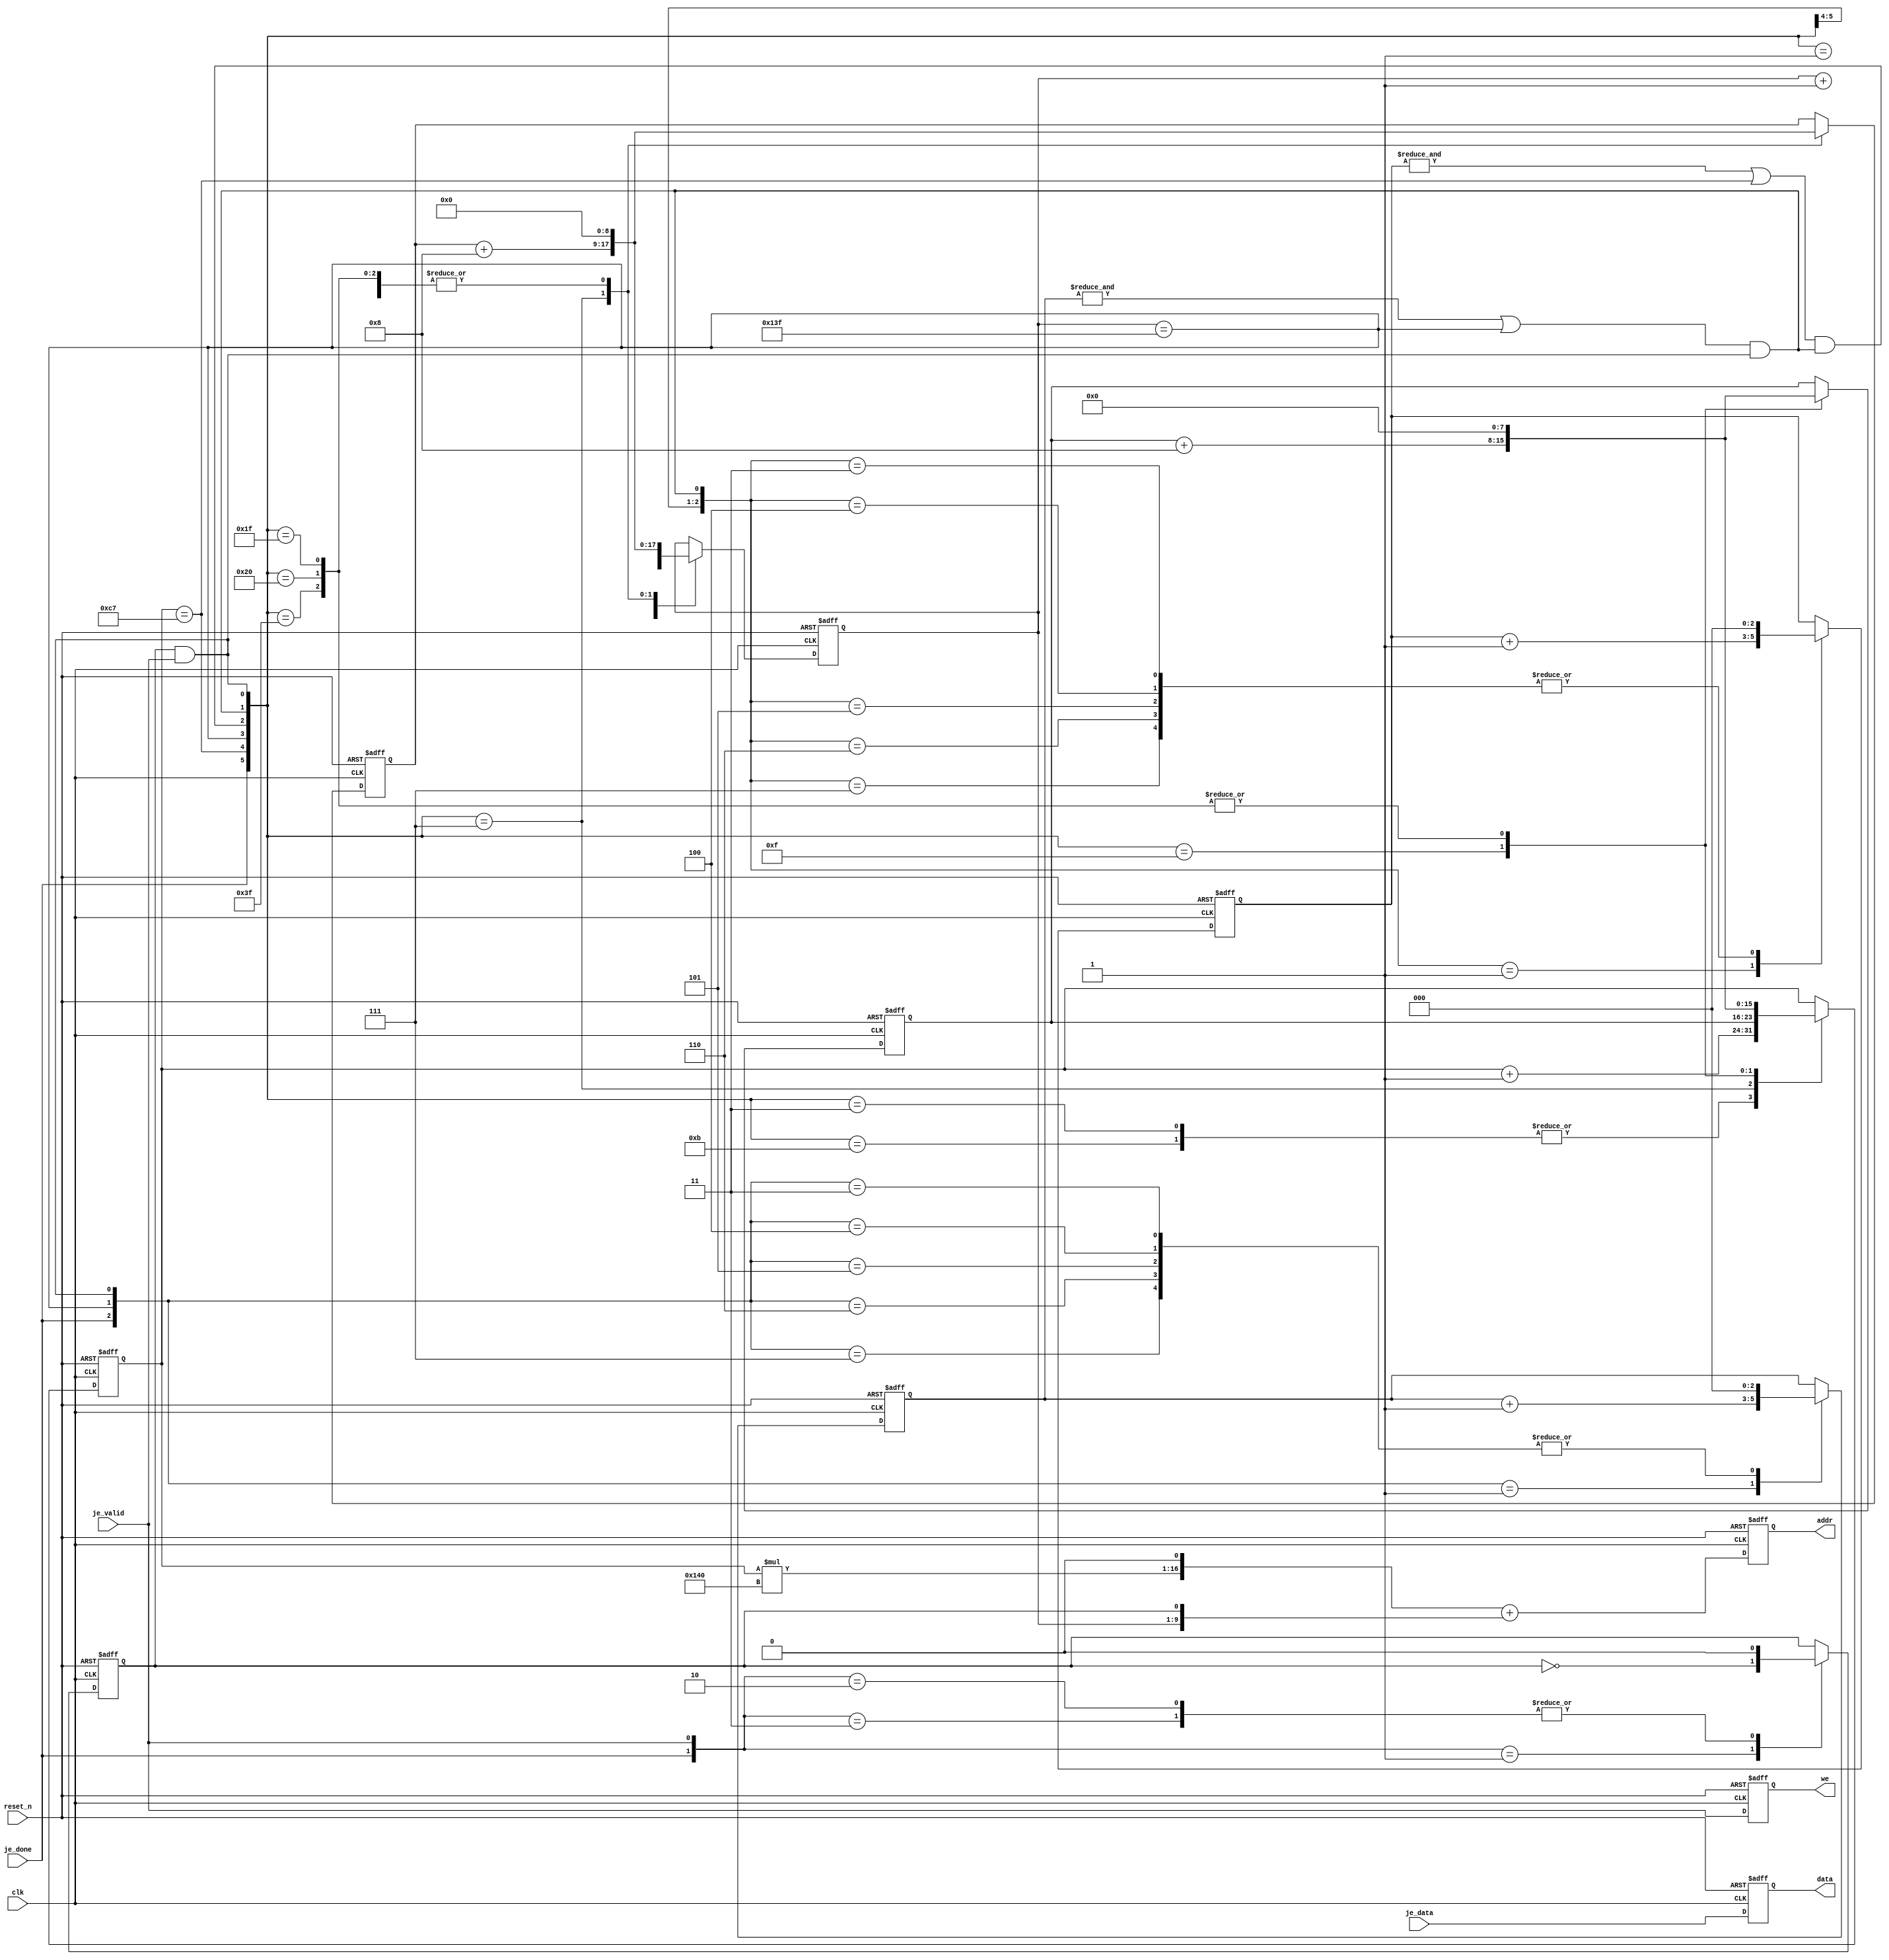
module jpeg_data_writer #(
  parameter WIDTH  = 320,
  parameter HEIGHT = 200,
  parameter WSZ = 9,
  parameter HSZ = 8,
  parameter ASZ = 17
  )(
  input           clk,
  input           reset_n,
  
  input           je_valid,
  input  [7:0]    je_data,
  input           je_done,

  output [(ASZ-1):0]   addr,
  output [7:0]    data,
  output          we
  ); 

  reg             addr_lsb;
  reg   [2:0]     col_cnt, row_cnt;
  reg   [(WSZ-1):0]     col_idx, col_x;
  reg   [(HSZ-1):0]     row_idx, row_y;
  
  reg   [(ASZ-1):0]    addr_reg;
  reg   [7:0]     data_reg;
  reg             we_reg;

  wire            col_max = (col_idx == (WIDTH-1));
  wire            row_max = (row_idx == (HEIGHT-1)); 
  
  wire            chg_col = addr_lsb && je_valid;
  wire            chg_row = ((&col_cnt) || (col_max)) && chg_col;
  wire            chg_blk = ((&row_cnt) || (row_max)) && chg_row;
 
  assign          addr = addr_reg;
  assign          data = data_reg;
  assign          we   = we_reg;
  

  always @ (posedge clk or negedge reset_n)
    begin
      if (!reset_n)
        addr_lsb <= #1 1'b0;
      else
        case({je_done, je_valid})      
          2'h1      : addr_lsb <= #1 !addr_lsb;
          2'h2,
          2'h3      : addr_lsb <= #1 1'b0;
          default   : addr_lsb <= #1 addr_lsb;
        endcase  
    end

  always @ (posedge clk or negedge reset_n)
    begin
      if (!reset_n)
        col_cnt <= #1 3'h0;
      else
        case ({je_done, col_max, chg_col})
          3'h1      : col_cnt <= #1 col_cnt + 3'h1;
          3'h3,
          3'h4,
          3'h5,
          3'h6,
          3'h7      : col_cnt <= #1 3'h0;
          default   : col_cnt <= #1 col_cnt;
        endcase        
    end

  always @ (posedge clk or negedge reset_n)
    begin
      if (!reset_n)
        row_cnt <= #1 3'h0;
      else
        case ({je_done, row_max, chg_row})
          3'h1      : row_cnt <= #1 row_cnt + 3'h1;
          3'h3,
          3'h4,
          3'h5,
          3'h6,
          3'h7      : row_cnt <= #1 3'h0;
          default   : row_cnt <= #1 row_cnt;
        endcase        
    end
    
  always @ (posedge clk or negedge reset_n)
    begin
      if (!reset_n)
        begin
          col_idx <= #1 {WSZ{1'b0}};//9'h000;
          col_x   <= #1 {WSZ{1'b0}};//9'h000;
          row_idx <= #1 {HSZ{1'b0}};//8'h00;
          row_y   <= #1 {HSZ{1'b0}};//8'h00;
        end
      else
        begin
          col_idx <= #1 col_idx;
          col_x   <= #1 col_x;
          row_idx <= #1 row_idx;
          row_y   <= #1 row_y; 
          case ({je_done, row_max, col_max, chg_blk, chg_row, chg_col})
            6'h01     : col_idx <= #1 col_idx + {{(WSZ-1){1'b0}}, {1'b1}};//9'h001;
            6'h03,
            6'h0B     : begin
                          col_idx <= #1 col_x;
                          row_idx <= #1 row_idx + {{(HSZ-1){1'b0}}, {1'b1}};//8'h01;
                        end
            6'h07     : begin
                          col_idx <= #1 col_x + {{(WSZ-4){1'b0}}, {4'h8}};//9'h008;
                          col_x   <= #1 col_x + {{(WSZ-4){1'b0}}, {4'h8}};//9'h008;
                          row_idx <= #1 row_y;
                        end
            6'h0F     : begin
                          col_idx <= #1 {WSZ{1'b0}};//9'h000;
                          col_x   <= #1 {WSZ{1'b0}};//9'h000;
                          row_idx <= #1 row_y + {{(HSZ-4){1'b0}}, {4'h8}};//8'h08;
                          row_y   <= #1 row_y + {{(HSZ-4){1'b0}}, {4'h8}};//8'h08;
                        end
            6'h1F,
            6'h20,
            6'h3F     : begin
                          col_idx <= #1 {WSZ{1'b0}};//9'h000;
                          col_x   <= #1 {WSZ{1'b0}};//9'h000;
                          row_idx <= #1 {HSZ{1'b0}};//8'h00;
                          row_y   <= #1 {HSZ{1'b0}};//8'h00;                          
                        end            
            default   : begin
                          col_idx <= #1 col_idx;
                          col_x   <= #1 col_x;
                          row_idx <= #1 row_idx;
                          row_y   <= #1 row_y;             
                        end
          endcase          
        end        
    end
  
  always @ (posedge clk or negedge reset_n)
    begin
      if (!reset_n)
        addr_reg <= #1 {ASZ{1'b0}};//17'h00000;
      else
//        addr_reg <= #1 ({(row_idx*`WIDTH),1'b0}) + ({col_idx,addr_lsb});      
        addr_reg <= #1 ({(row_idx*WIDTH),1'b0}) + ({col_idx,addr_lsb});      
    end
  
  always @ (posedge clk or negedge reset_n)
    begin
      if (!reset_n)
        begin
          data_reg <= #1 8'h00;
          we_reg   <= #1 1'b0;
        end
      else
        begin
          data_reg <= #1 je_data;
          we_reg   <= #1 je_valid;
        end
    end
  
endmodule